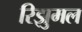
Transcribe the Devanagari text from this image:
रिझुमल